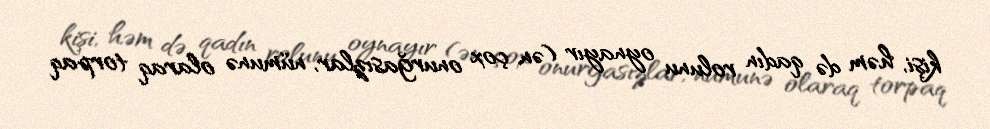
kişi, həm də qadın rolunu oynayır (ən çox onurğasızlar, nümunə olaraq torpaq